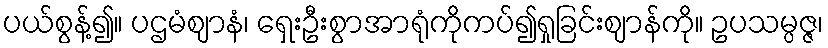
ပယ်စွန့်၍။ ပဌမံဈာနံ၊ ရှေးဦးစွာအာရုံကိုကပ်၍ရှုခြင်းဈာန်ကို။ ဥပသမ္ပဇ္ဇ၊